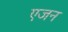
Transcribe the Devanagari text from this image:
एजन